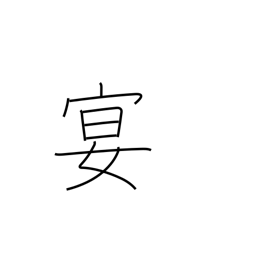
Meaning: party